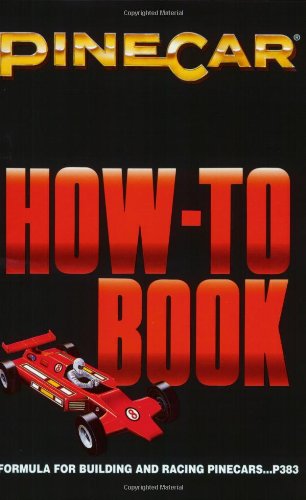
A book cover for How to Book: Formula for Building & Racing PineCars; Woodland Scenics; Teen & Young Adult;